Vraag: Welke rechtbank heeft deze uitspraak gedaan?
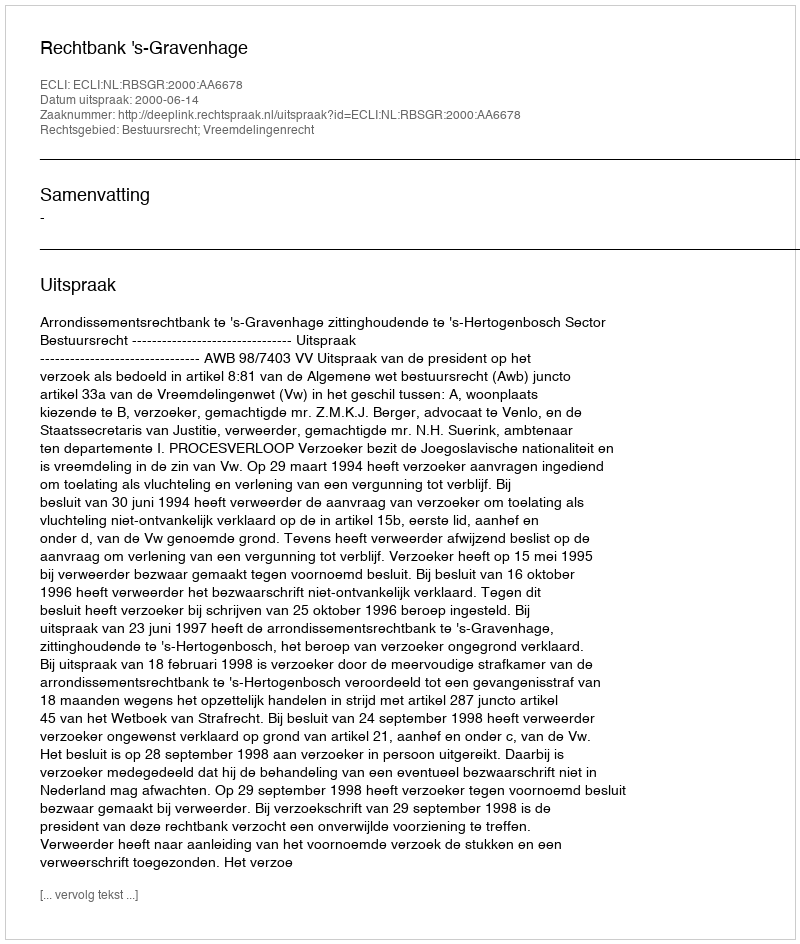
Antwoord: Rechtbank 's-Gravenhage